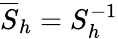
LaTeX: \overline{{S}}_{h}=S_{h}^{-1}